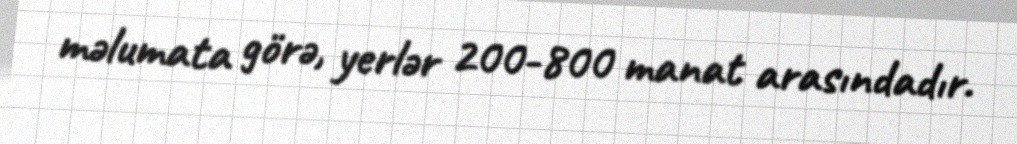
məlumata görə, yerlər 200-800 manat arasındadır.